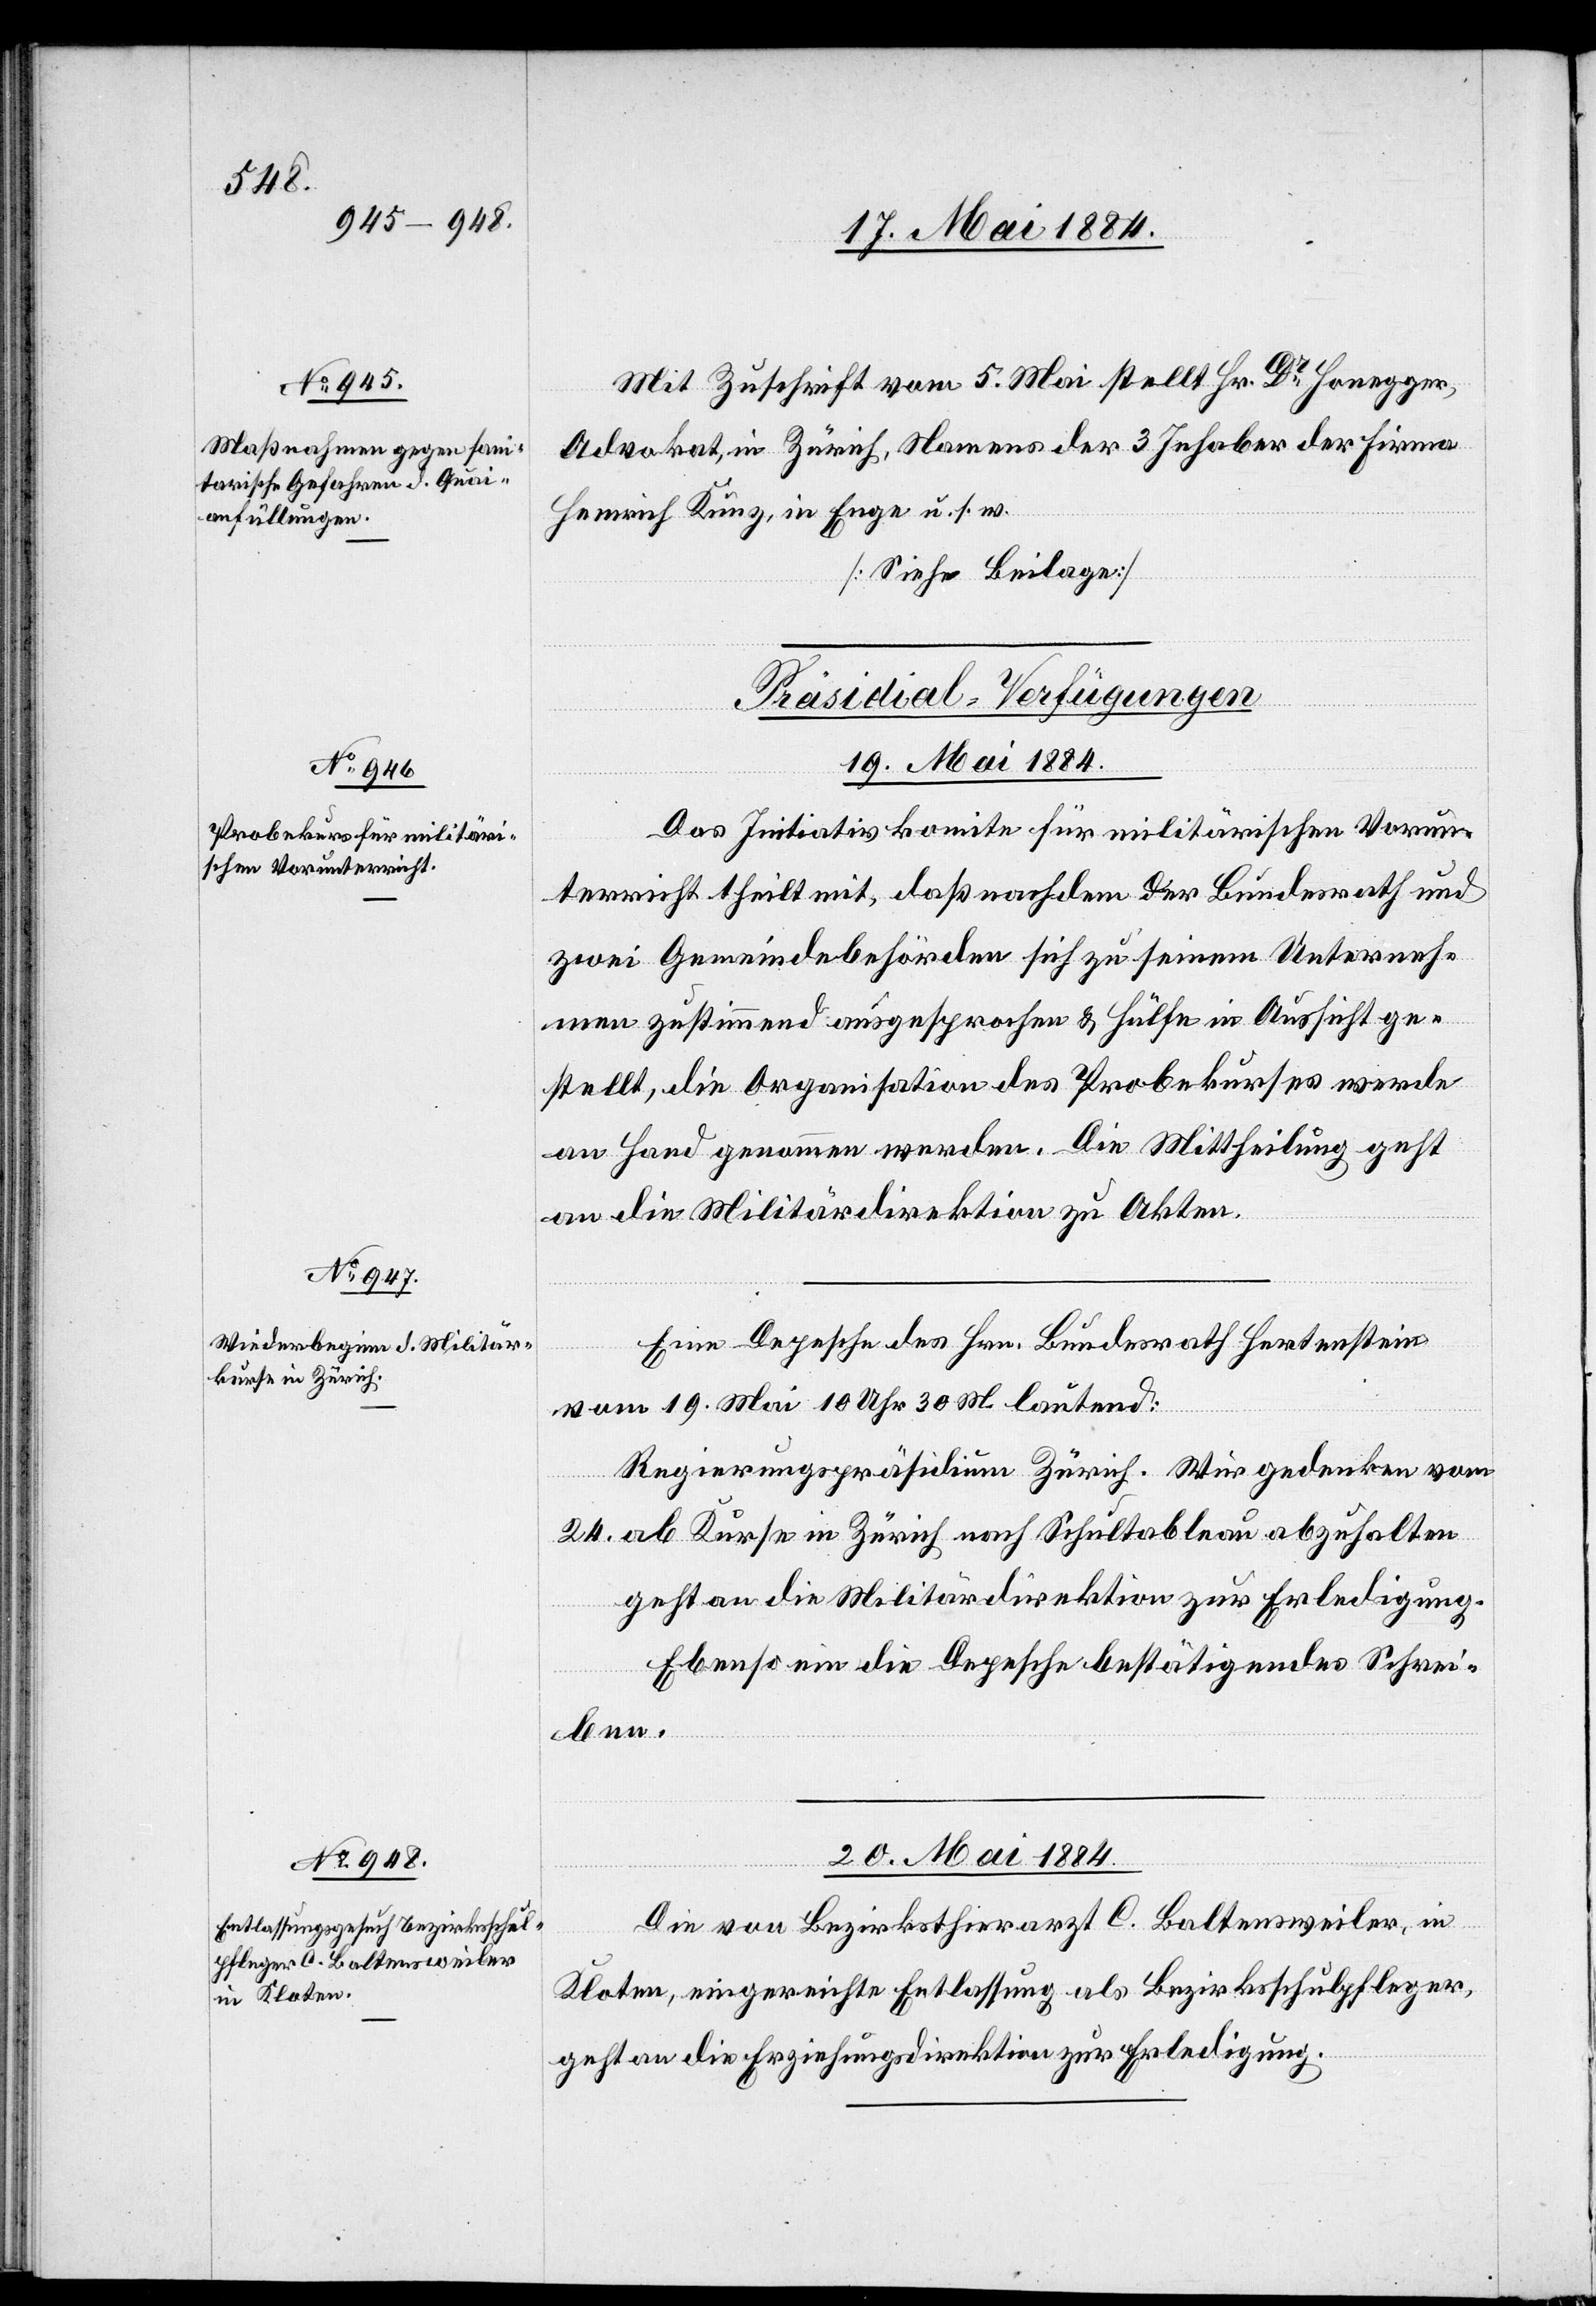
[Präsidial-Verfügungen]
19. Mai 1884.]
Das Initiativkomite für militärischen Vorun¬
terricht theilt mit, daß nachdem der Bundesrath und
zwei Gemeindebehörden sich zu seinem Unterneh¬
men zustimmend ausgesprochen & Hülfe in Aussicht ge¬
stellt, die Organisation des Probekurses werde
an Hand genommen werden. Die Mittheilung geht
an die Militärdirektion zu Akten.
Eine Depesche des Hrn. Bundesrath Hertenstein
vom 19. Mai 10 Uhr 30 M. lautend:
Regierungspräsidium Zürich. Wir gedenken vom
24. ab Kurse in Zürich nach Schultableau abzuhalten
geht an die Militärdirektion zur Erledigung.
Ebenso ein die Depesche bestätigendes Schrei¬
ben.
20. Mai 1884.
Die von Bezirksarzt C. Baltensweiler, in
Kloten eingereichte Entlassung als Bezirksschulpfleger
geht an die Erziehungsdirektion zur Erledigung.